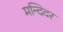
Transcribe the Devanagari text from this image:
मन्दिदर